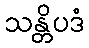
သန္တိပဒံ